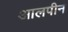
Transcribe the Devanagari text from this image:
आलपीन